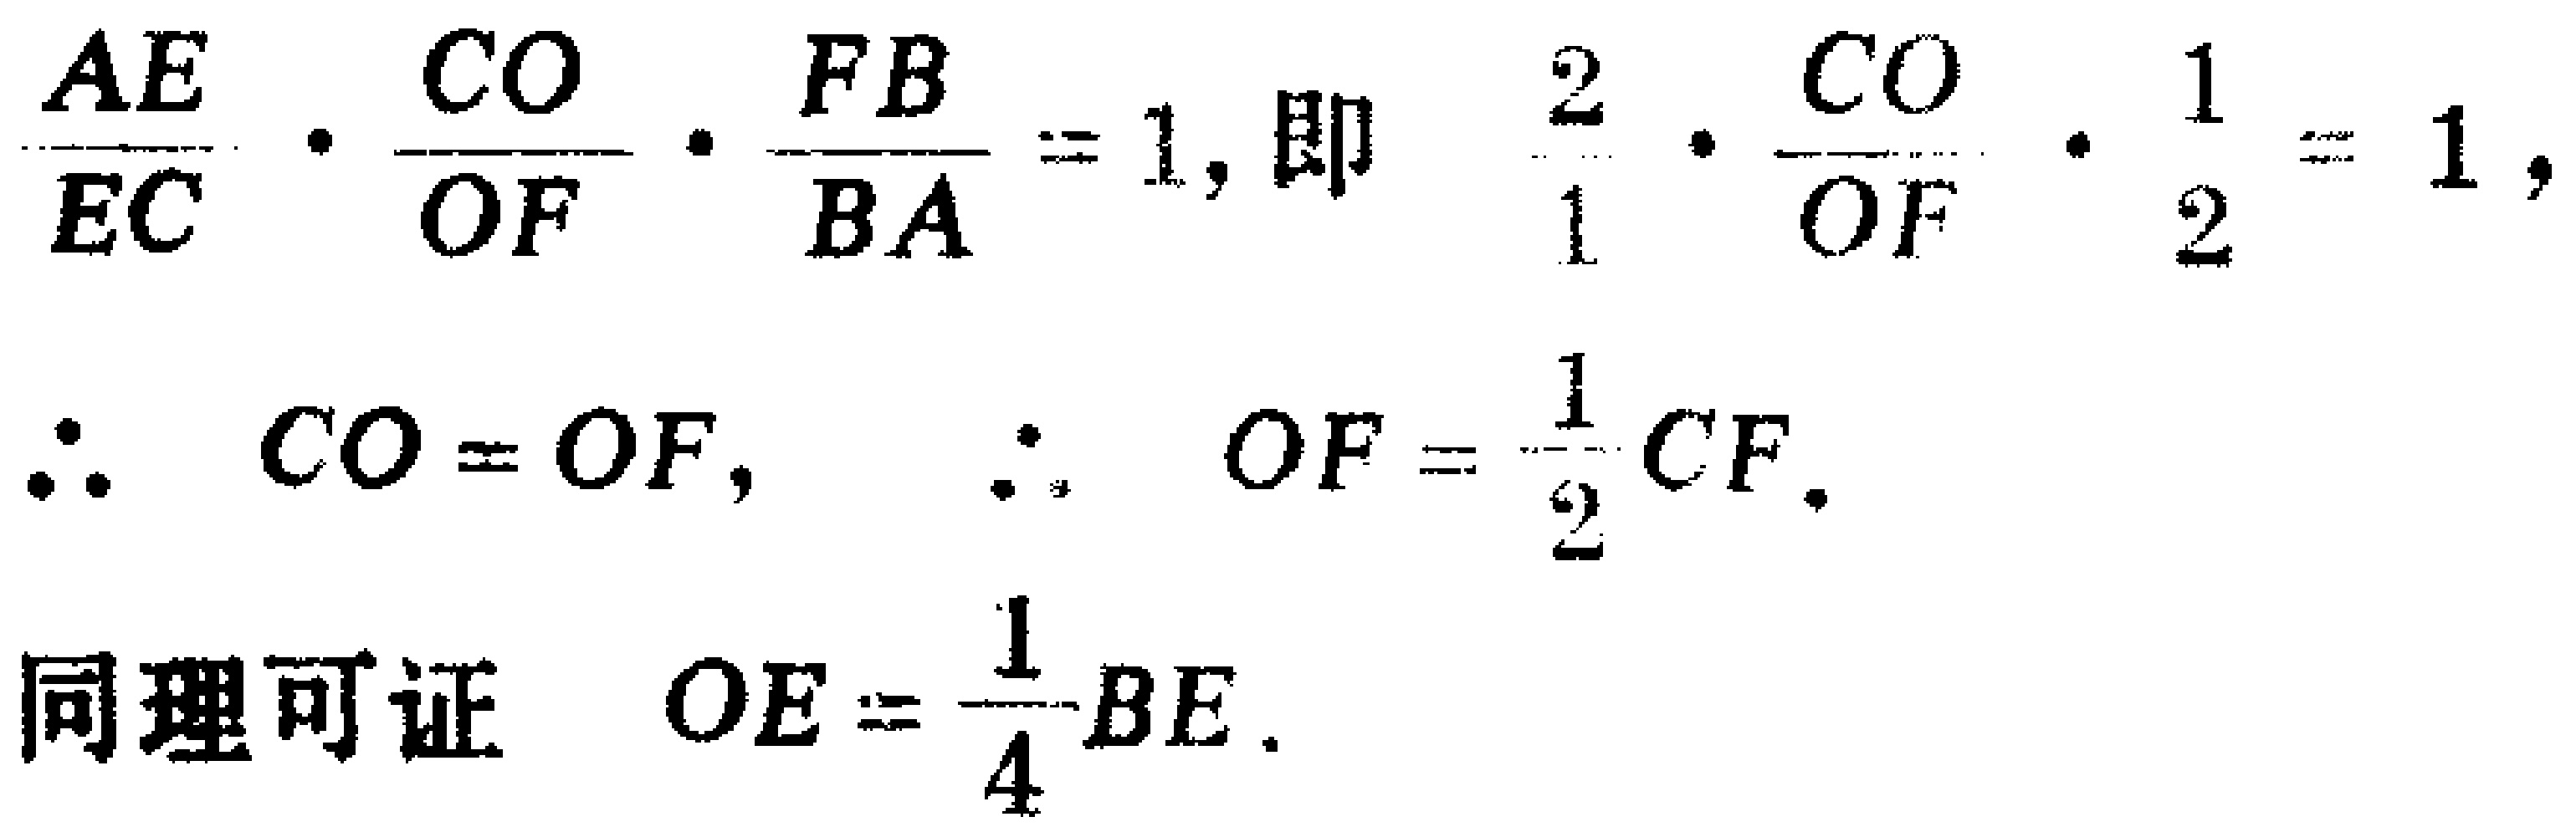
\[

\frac{AE}{EC} \cdot \frac{CO}{OF} \cdot \frac{FB}{BA} = 1, \text{即} \quad \frac{2}{1} \cdot \frac{CO}{OF} \cdot \frac{1}{2} = 1,

\]

\[

\therefore \quad CO = OF, \quad \therefore \quad OF = \frac{1}{2}CF.

\]

同理可证 \[OE = \frac{1}{4}BE.\]